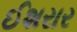
ઈશરાર